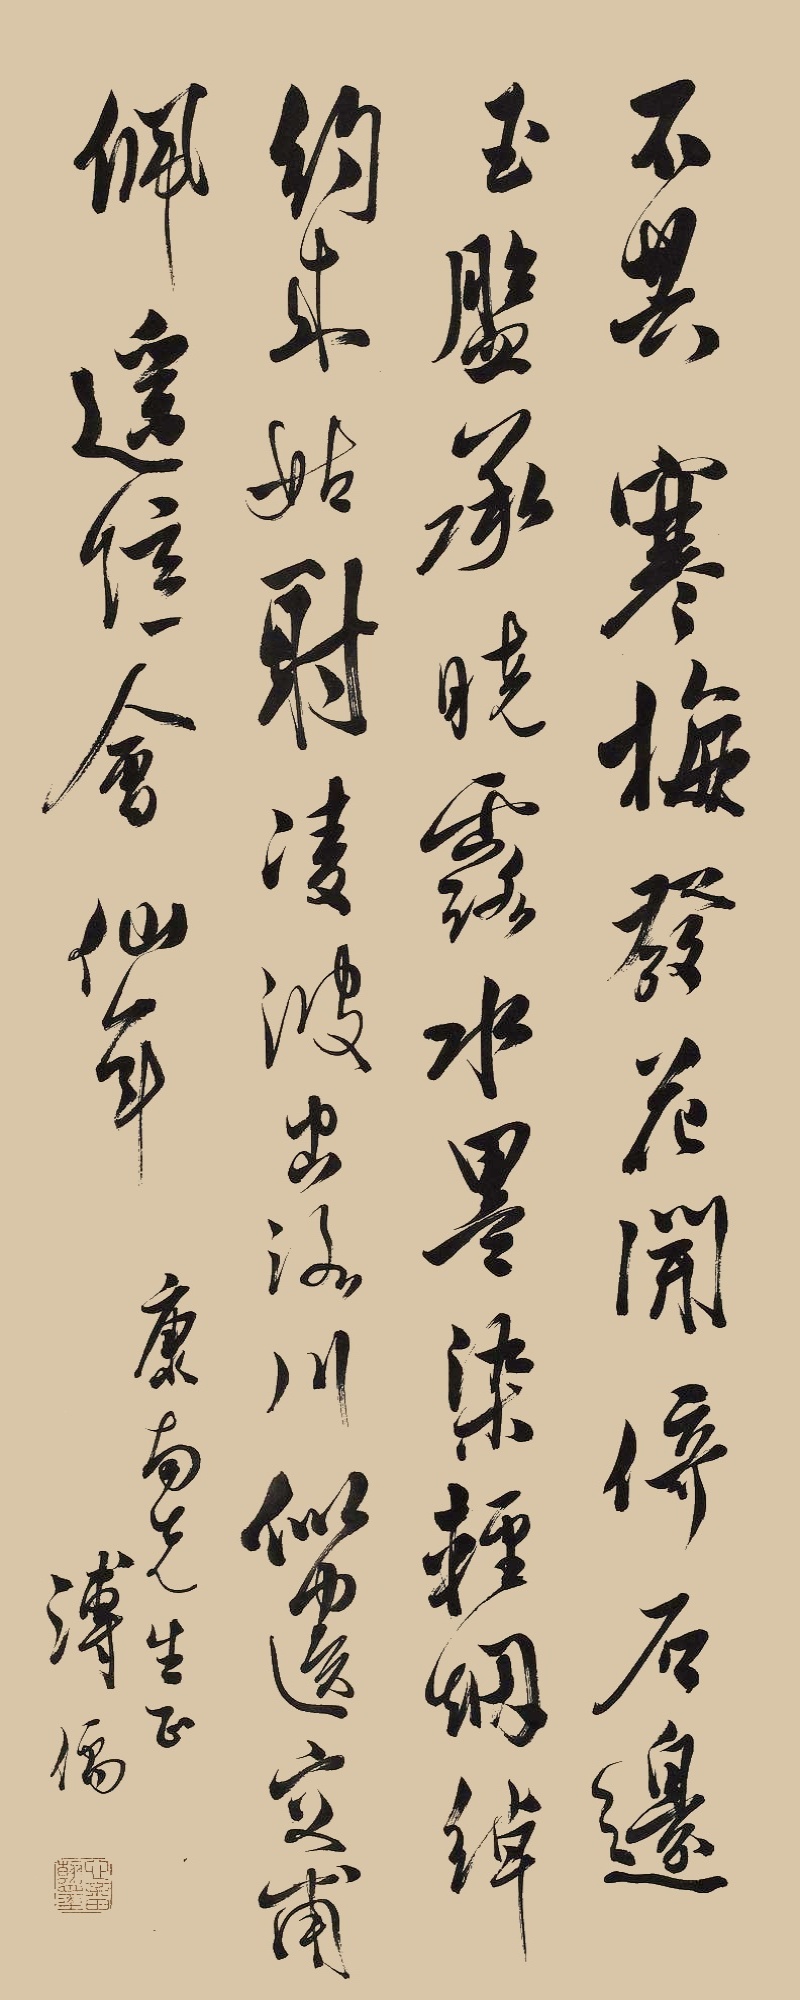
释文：不共寒梅发，花开倚石边。玉盘承晓露，水墨染轻烟。绰约来姑射，凌波出洛川。似遗交甫佩，遥忆会仙年。康南先生正。溥儒。